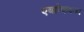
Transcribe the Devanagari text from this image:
एब्फ्रेकशन